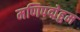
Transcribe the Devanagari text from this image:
मणिपद्मेहुम